Vaccination in Bombay 1869-1873 - 1869-1873
Year: 1869
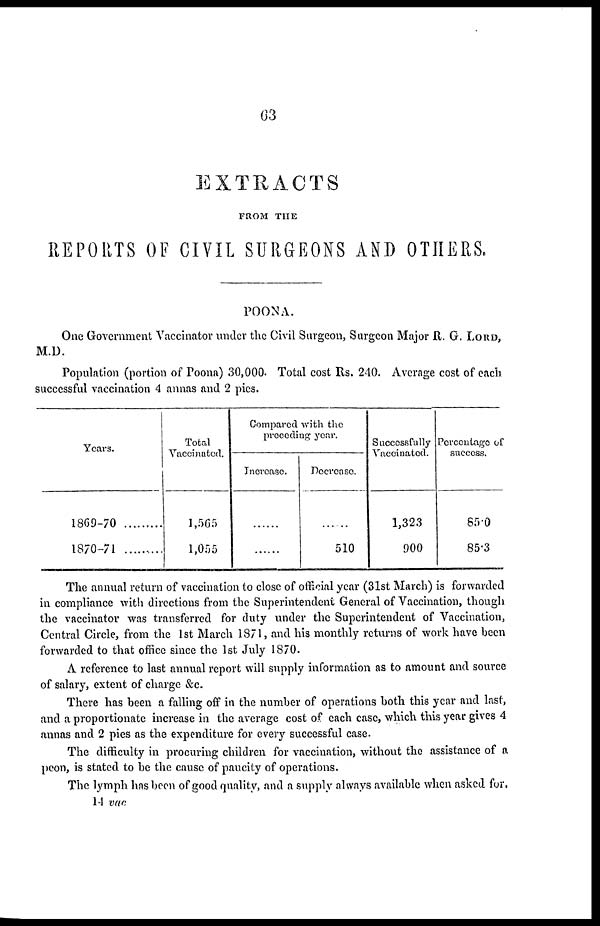
63
EXTRACTS
FROM THE
REPORTS OF CIVIL SURGEONS AND OTHERS.
POONA.
One Government Vaccinator under the Civil Surgeon, Surgeon Major R. G. LORD,
M.D.
Population (portion of Poona) 30,000. Total cost Rs. 240. Average cost of each
successful vaccination 4 annas and 2 pies.
Years.
1869-70
1870-71
Total
Vaccinated.
1,565
1,055
Compared with the
preceding year.
Increase.
......
......
Decrease.
......
510
Successfully
Vaccinated.
1,323
900
Percentage of
success.
85.0
85.3
The annual return of vaccination to close of official year (31st March) is forwarded
in compliance with directions from the Superintendent General of Vaccination, though
the vaccinator was transferred for duty under the Superintendent of Vaccination,
Central Circle, from the 1st March 1871, and his monthly returns of work have been
forwarded to that office since the 1st July 1870.
A reference to last annual report will supply information as to amount and source
of salary, extent of charge &c.
There has been a falling off in the number of operations both this year and last,
and a proportionate increase in the average cost of each case, which this year gives 4
annas and 2 pies as the expenditure for every successful case.
The difficulty in procuring children for vaccination, without the assistance of a
peon, is stated to be the cause of paucity of operations.
The lymph has been of good quality, and a supply always available when asked for.
14 vac